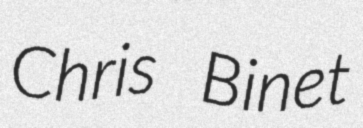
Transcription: Chris Binet